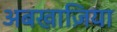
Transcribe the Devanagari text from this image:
अबखाज़िया